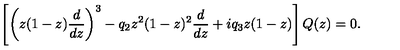
\left[ \left( z ( 1 - z ) { \frac { d } { d z } } \right) ^ { 3 } - q _ { 2 } z ^ { 2 } ( 1 - z ) ^ { 2 } { \frac { d } { d z } } + i q _ { 3 } z ( 1 - z ) \right] Q ( z ) = 0 .